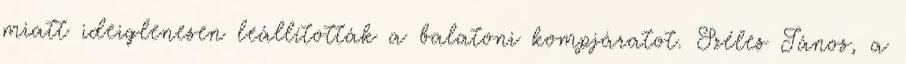
miatt ideiglenesen leállították a balatoni kompjáratot. Széles János, a